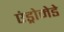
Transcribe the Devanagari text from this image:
एंड्रोमेडे